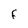
Character: f